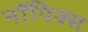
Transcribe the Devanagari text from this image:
नॉपिक्स